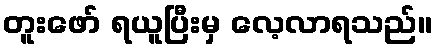
တူးဖော် ရယူပြီးမှ လေ့လာရသည်။